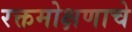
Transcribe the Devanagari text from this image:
रक्तमोक्षणाचे